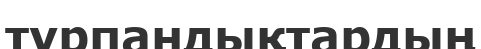
турпандықтардың